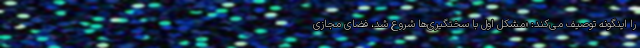
را اینگونه توصیف می‌کند: «مشکل اول با سختگیری‌ها شروع شد، فضای مجازی